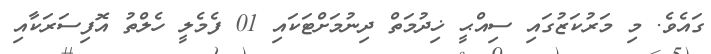
ގައެވެ. މި މަރުކަޒުގައި ސިއްޙީ ޚިދުމަތް ދިނުމަށްޓަކައި 01 ފެމެލީ ހެލްތު އޮފިސަރަކާއި